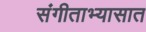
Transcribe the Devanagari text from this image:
संगीताभ्यासात